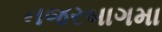
નજરબાગમા